Rangoon Lunatic Asylum 1878-1892 - 1878-1892
Year: 1878
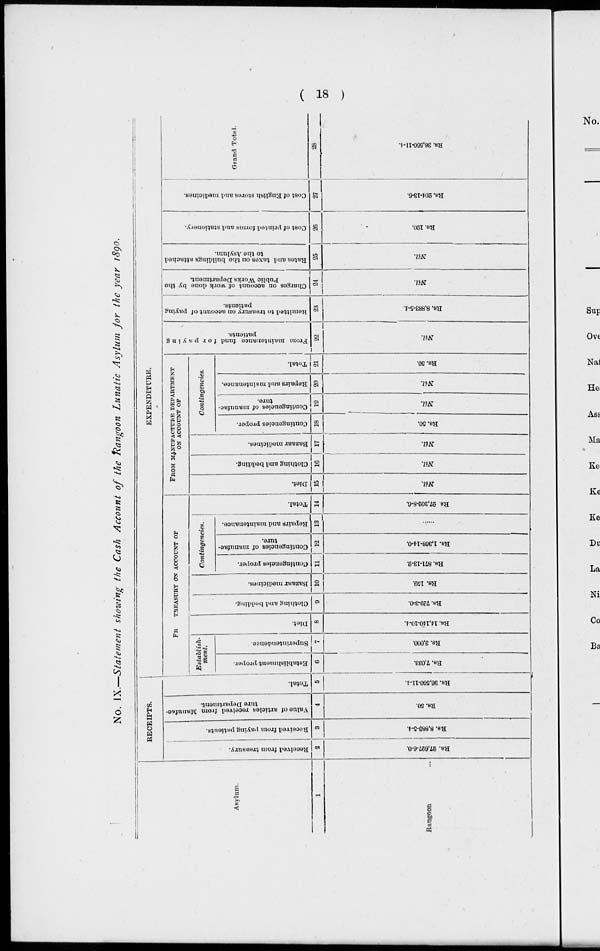
( 18 )
No. IX.—Statement showing the Cash Account of the Rangoon Lunatic Asylum for the year 1890.
Asylum.
1
Rangoon ...
RECEIPTS.
Received from treasury.
2
Rs. 27,627-6-0.
Received from paying patients.
3
Rs. 8,883-5-4.
Value of articles received from Manufac-
ture Department.
4
Rs. 50.
Total.
5
Rs. 36,560-11-4.
EXPENDITURE.
FROM TREASURY ON ACCOUNT OF
Establish-
ment.
Establishment proper.
6
Rs. 7,033.
Superintendence.
7
Rs. 3,000.
Diet.
8
Rs. 14,140-10-4.
Clothing and bedding.
9
Rs. 729-3-0.
Bazaar medicines.
10
Rs. 159.
Contingencies.
Contingencies proper.
11
Rs. 871-13-2.
Contingencies of manufac-
ture.
12
Rs. 1,368-14-0.
Repairs and maintenance.
13
......
Total.
14
Rs. 27,302-8-6.
FROM MANUFACTURE DEPARTMENT
ON ACCOUNT OF
Diet.
15
Nil.
Clothing and bedding.
16
Nil.
Bazaar medicines.
17
Nil.
Contingencies.
Contingencies proper.
18
Rs. 50.
Contingencies of manufac-
ture.
19
Nil.
Repairs and maintenance.
20
Nil.
Total.
21
Rs. 50.
From maintenance fund for paying
patients.
22
Nil.
Remitted to treasury on account of paying
patients.
23
Rs. 8,883-5-4.
Charges on account of work done by the
Public Works Department.
24
Nil.
Rates and taxes on the buildings attached
to the Asylum.
25
Nil.
Cost of printed forms and stationery.
26
Rs. 120.
Cost of English stores and medicines.
27
Rs. 204-13-6.
Grand Total.
28
Rs. 36,560-11-4.